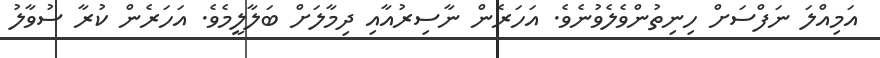
އަމިއްލަ ނަފްސަށް ހިނިތުންވެލެވުނެވެ. އަހަރެން ނާސިރުއާއި ދިމާލަށް ބަލާލީމެވެ. އަހަރެން ކުރާ ސުވާލު